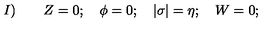
I ) \qquad Z = 0 ; \quad \phi = 0 ; \quad \vert \sigma \vert = \eta ; \quad W = 0 ;